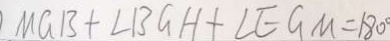
M G B + \angle B G H + \angle E G M = 1 8 0 ^ { \circ }